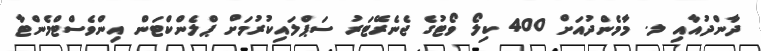
ދާންދުއާއި ލ. މާމެންދުއަށް 400 ކިލޯ ވޯޓުގެ ޖެނެރޭޓަރު ސަޕްލައިކުރުމަށް ޕްލެންކްޓަން އިންވެސްޓްމެންޓާ